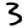
Digit: 3